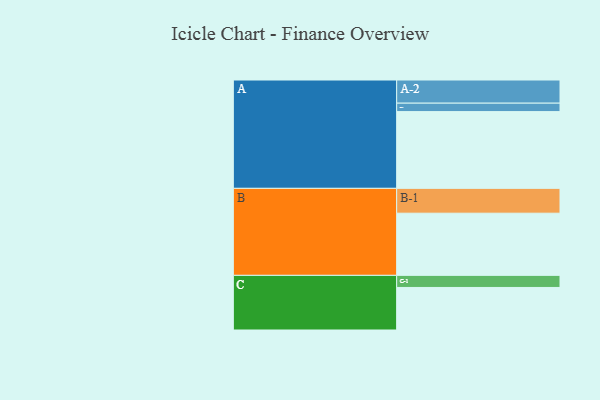
{"axis": {"x": "Segment", "y": "Value"}, "legend": ["", "A", "B", "C"], "data": [{"x": "A", "y": 590, "type": ""}, {"x": "B", "y": 478, "type": ""}, {"x": "C", "y": 327, "type": ""}, {"x": "A-1", "y": 65, "type": "A"}, {"x": "A-2", "y": 178, "type": "A"}, {"x": "B-1", "y": 191, "type": "B"}, {"x": "C-1", "y": 93, "type": "C"}]}